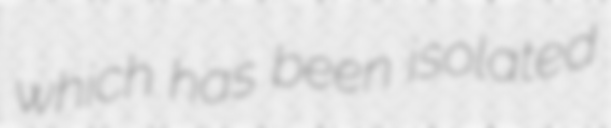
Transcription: which has been isolated